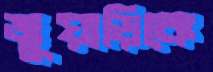
জুয়াড়িকে